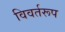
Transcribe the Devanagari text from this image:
विवर्तरूप